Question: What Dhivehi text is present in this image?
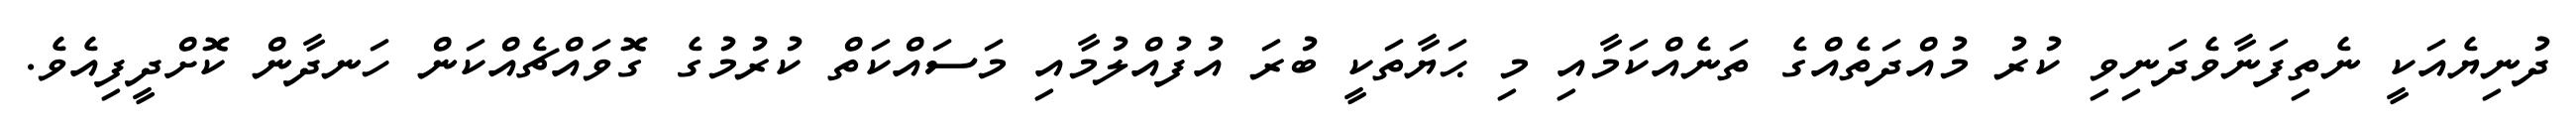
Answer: ދުނިޔެއަކީ ނެތިފަނާވެދަނިވި ކުރު މުއްދަތެއްގެ ތަނެއްކަމާއި މި ޙަޔާތަކީ ބުރަ އުފުއްލުމާއި މަސައްކަތް ކުރުމުގެ ގޮވައްޗެއްކަން ހަނދާން ކޮށްދީފިއެވެ.